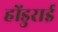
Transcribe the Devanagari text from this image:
होंडुराई